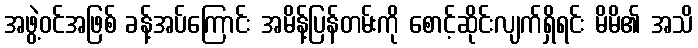
အဖွဲ့ဝင်အဖြစ် ခန့်အပ်ကြောင်း အမိန့်ပြန်တမ်းကို စောင့်ဆိုင်းလျက်ရှိရင်း မိမိ၏ အသိ